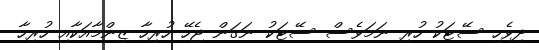
ދިވެހި ސޭޓަކު ހުރި ނަމަވެސް ސޭޓަކު ނަގަން ޖެހޭ ހުރިހާ ޒިންމާއަކާއި ހުރިހާ